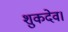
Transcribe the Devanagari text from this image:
शुकदेव।